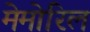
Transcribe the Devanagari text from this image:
मेमोरिल